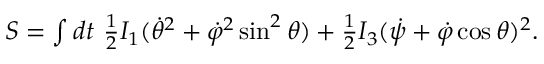
\begin{array} { r } { S = \int d t ~ \frac 1 2 I _ { 1 } ( \dot { \theta } ^ { 2 } + \dot { \varphi } ^ { 2 } \sin ^ { 2 } \theta ) + \frac 1 2 I _ { 3 } ( \dot { \psi } + \dot { \varphi } \cos \theta ) ^ { 2 } . } \end{array}